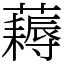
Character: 𧂭